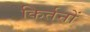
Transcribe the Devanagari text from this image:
किर्तनों